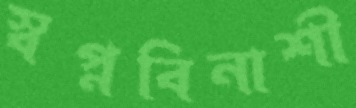
স্বপ্নবিনাশী